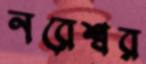
নরেশ্বর